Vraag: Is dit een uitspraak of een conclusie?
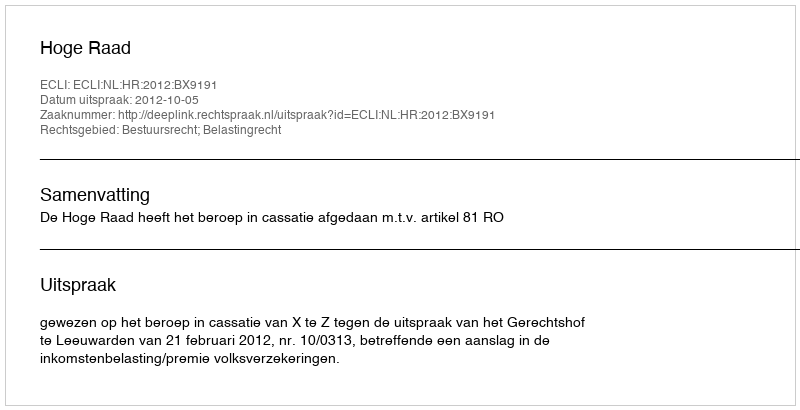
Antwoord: Uitspraak